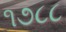
૧૭૮૮